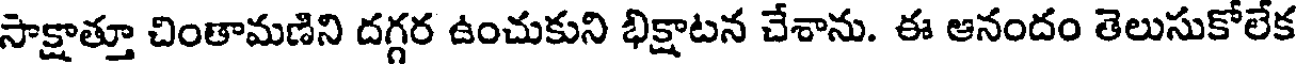
సాక్షాత్తూ చింతామణిని దగ్గర ఉంచుకుని భిక్షాటన చేశాను. ఈ ఆనందం తెలుసుకోలేక